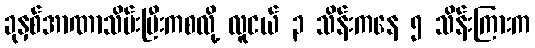
ခုနှစ်အာဏာသိမ်းပြီးကစလို့ လူငယ် ၃ သိန်းကနေ ၅ သိန်းကြားက